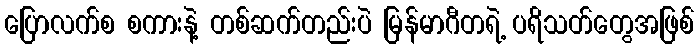
ပြောလက်စ စကားနဲ့ တစ်ဆက်တည်းပဲ မြန်မာဂီတရဲ့ ပရိသတ်တွေအဖြစ်